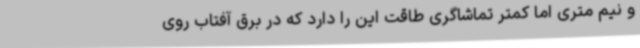
و نیم متری اما کمتر تماشاگری طاقت این را دارد که در برق آفتاب روی